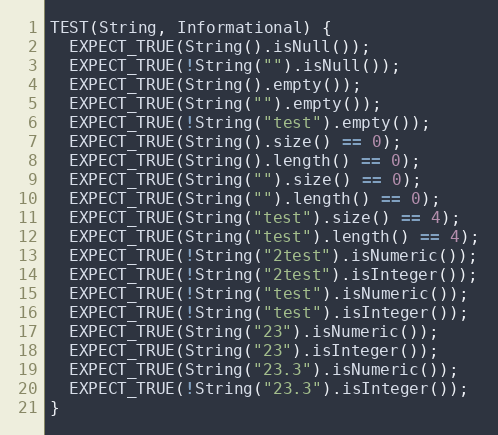
Language: C++
TEST(String, Informational) {
  EXPECT_TRUE(String().isNull());
  EXPECT_TRUE(!String("").isNull());
  EXPECT_TRUE(String().empty());
  EXPECT_TRUE(String("").empty());
  EXPECT_TRUE(!String("test").empty());
  EXPECT_TRUE(String().size() == 0);
  EXPECT_TRUE(String().length() == 0);
  EXPECT_TRUE(String("").size() == 0);
  EXPECT_TRUE(String("").length() == 0);
  EXPECT_TRUE(String("test").size() == 4);
  EXPECT_TRUE(String("test").length() == 4);
  EXPECT_TRUE(!String("2test").isNumeric());
  EXPECT_TRUE(!String("2test").isInteger());
  EXPECT_TRUE(!String("test").isNumeric());
  EXPECT_TRUE(!String("test").isInteger());
  EXPECT_TRUE(String("23").isNumeric());
  EXPECT_TRUE(String("23").isInteger());
  EXPECT_TRUE(String("23.3").isNumeric());
  EXPECT_TRUE(!String("23.3").isInteger());
}